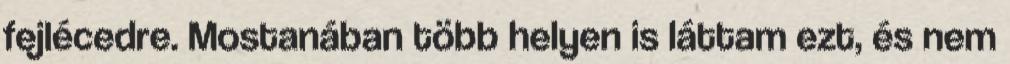
fejlécedre. Mostanában több helyen is láttam ezt, és nem